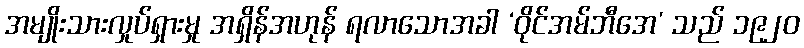
အမျိုးသားလှုပ်ရှားမှု အရှိန်အဟုန် ရလာသောအခါ ‘ဝိုင်အမ်ဘီအေ’ သည် ၁၉၂၀